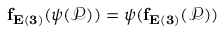
\mathbf { f _ { E ( 3 ) } } ( \psi ( \mathcal { P } ) ) = \psi ( \mathbf { f _ { E ( 3 ) } } ( \mathcal { P } ) )